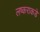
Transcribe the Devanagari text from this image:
लष्कराकडे